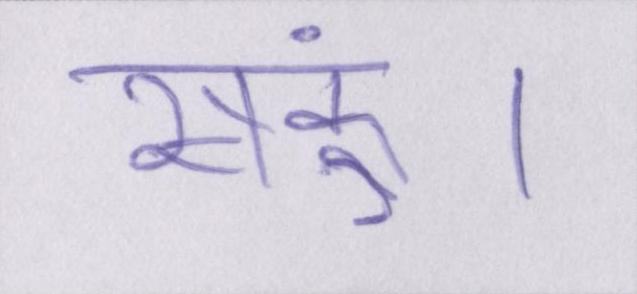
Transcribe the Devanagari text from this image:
सकूं।